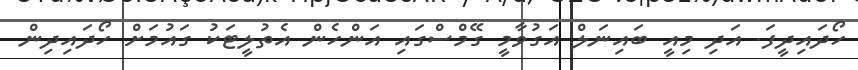
ހޯދައިދީފަ. އަދި މިއީ ބައިނަލް އަގުވާމީ ގޭމްސްގައި އަންހެން އެތުލީޓަކު ގައުމަށް ހޯދައިދިން